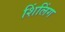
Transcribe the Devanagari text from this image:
शिंलिंग